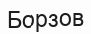
Борзов